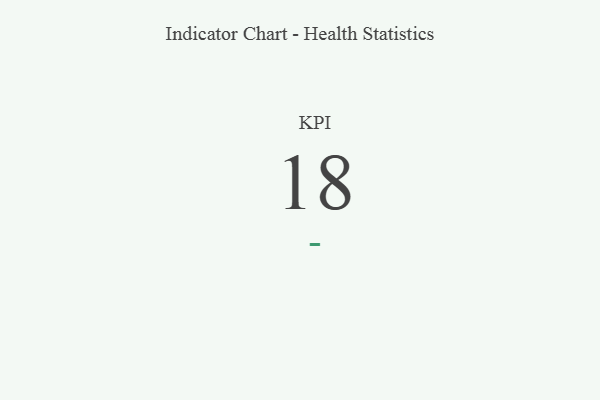
{"axis": {"x": "KPI", "y": "Value"}, "legend": [""], "data": [{"x": "KPI", "y": 18, "type": ""}]}